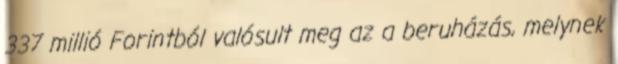
337 millió Forintból valósult meg az a beruházás, melynek